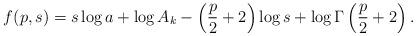
LaTeX: \begin{align*}f(p,s) = s\log a+\log A_k-\left(\frac{p}{2}+2\right)\log s + \log \Gamma\left(\frac{p}{2}+2\right).\end{align*}